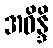
အဝိန္ဒိ